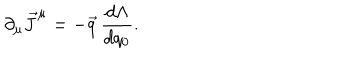
LaTeX: \partial _ { \mu } \vec { J } ^ { \mu } = - \vec { q } \, \frac { d \Lambda } { d q _ { 0 } } .